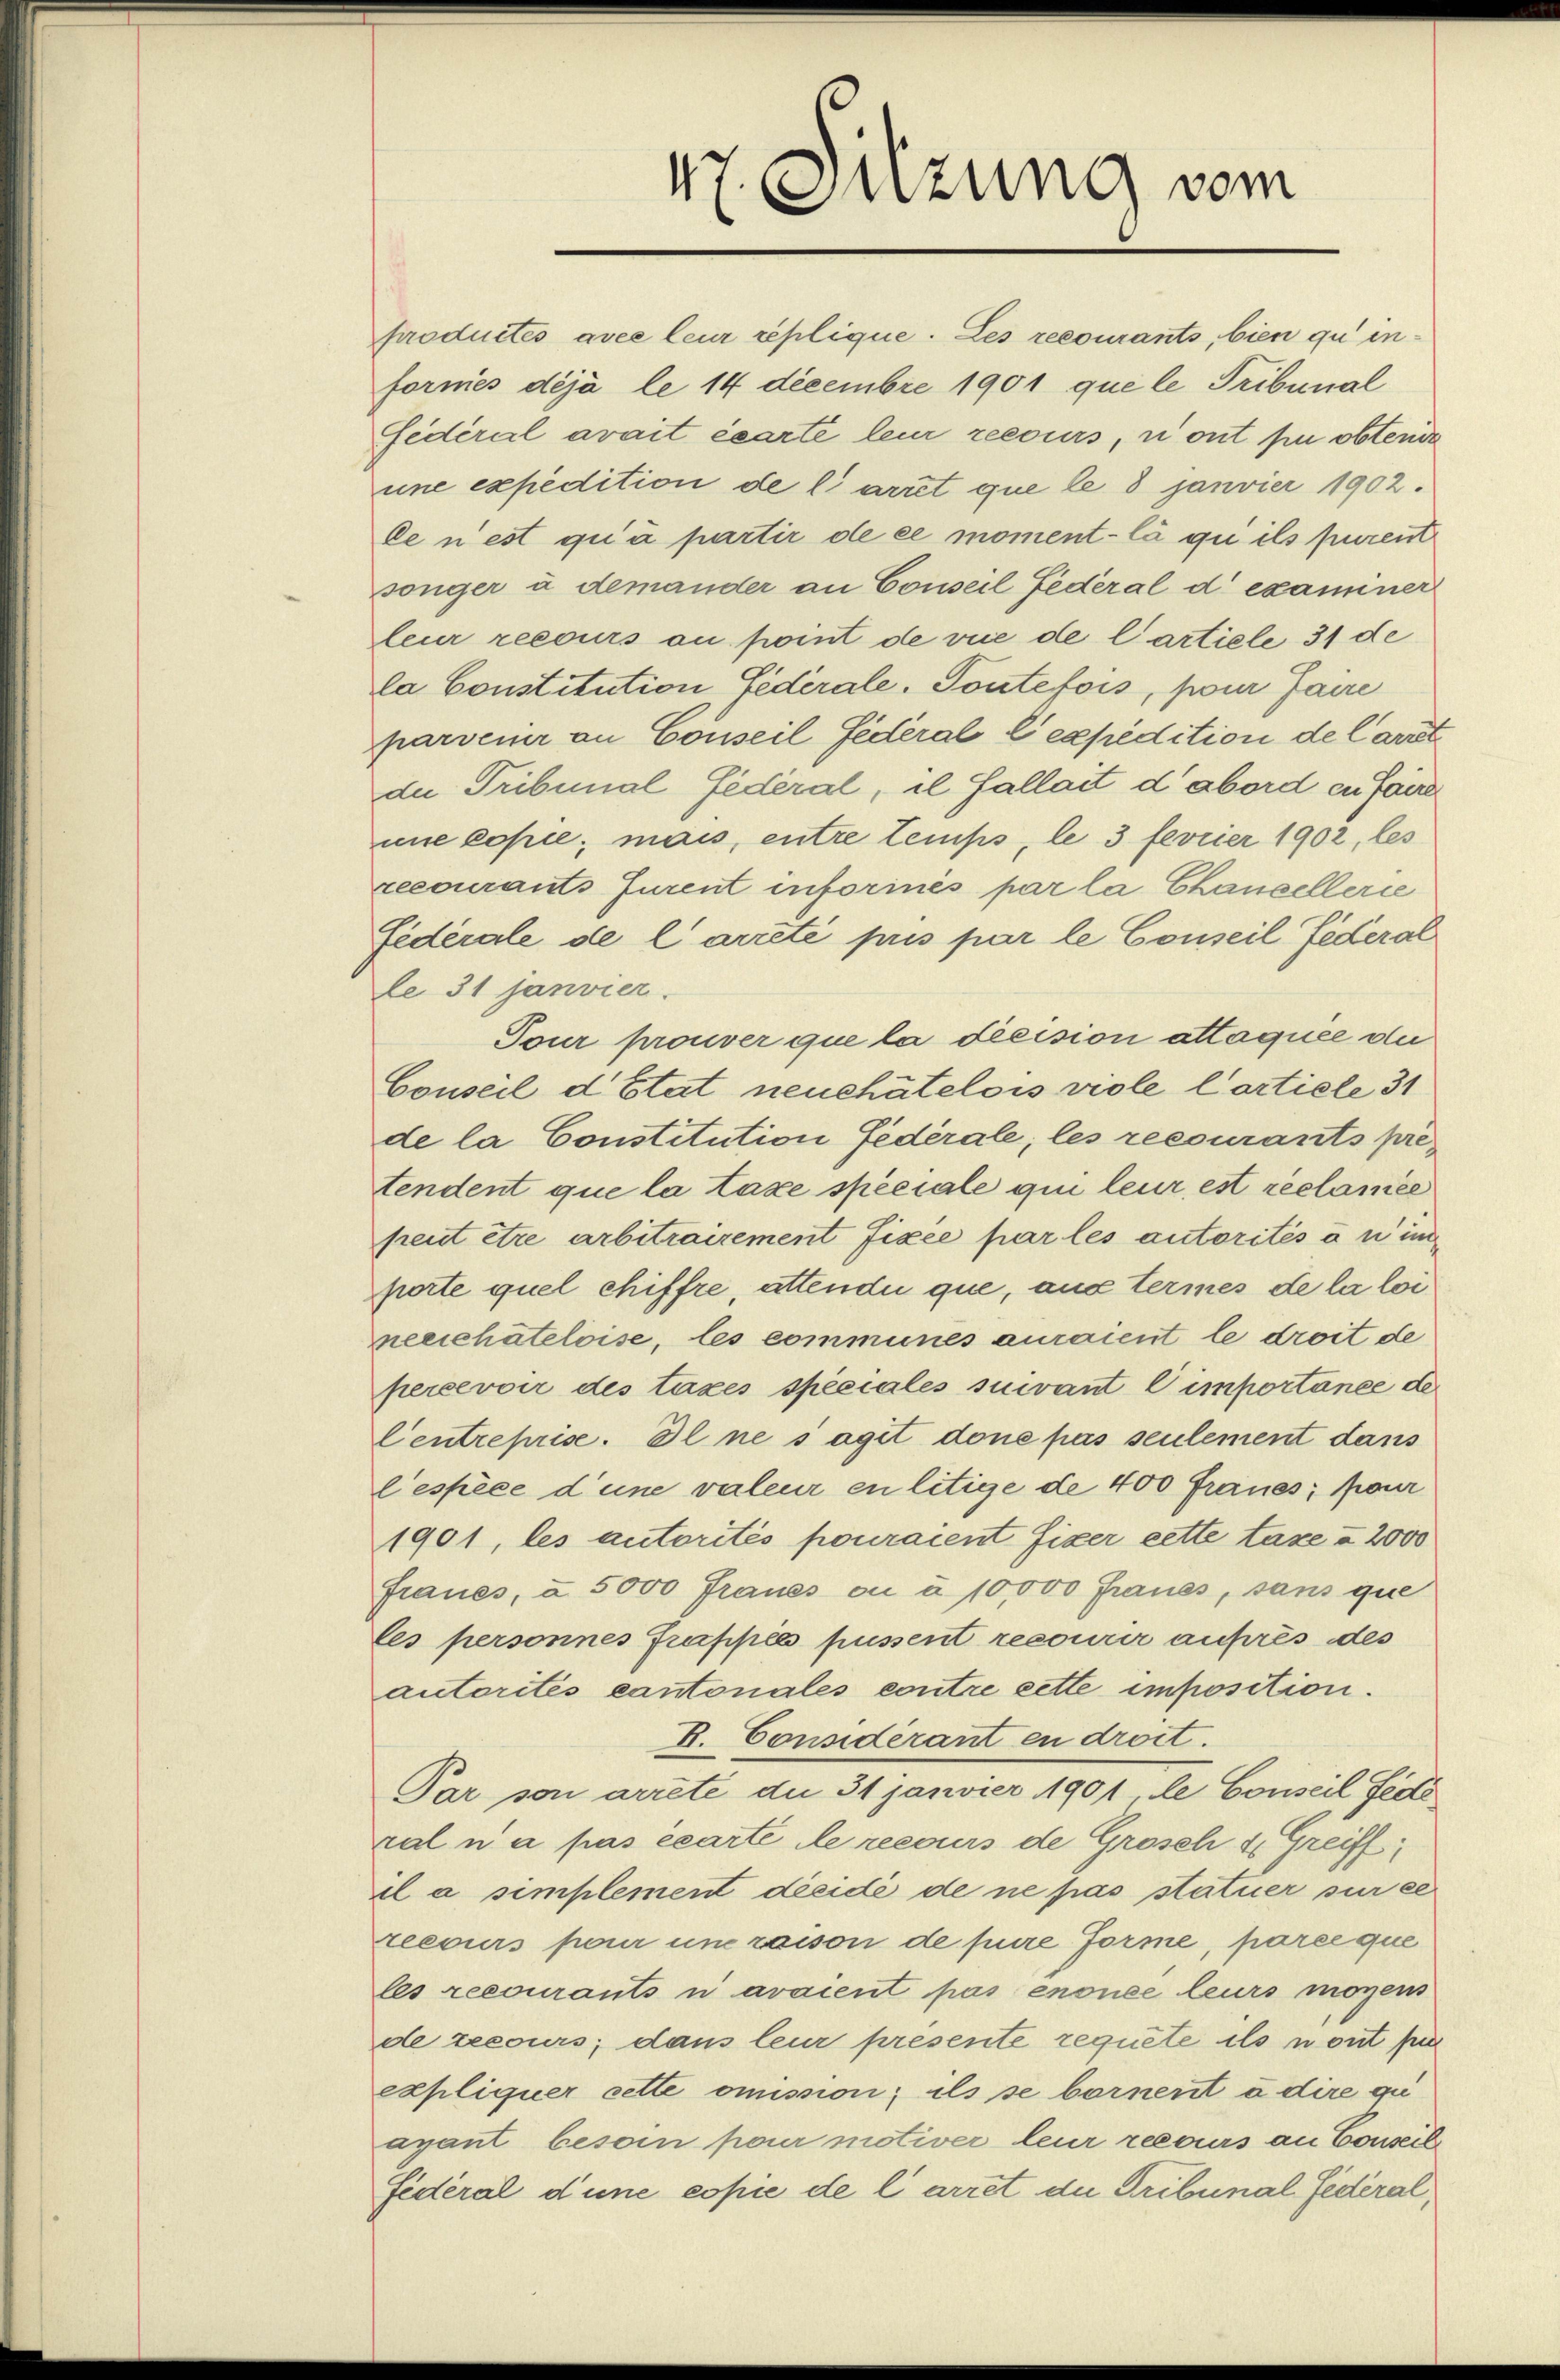
47. Sitzung vom

produités avec leur replique. Les recourants, bien qu’ in-
formes déjà le 14 decembre 1901 que le Tribunal
Fidéral arait écarte leur recours, ont pu obtende
une expedition de l’arret que le 8 janvier 1902.
De n’est qu’à partir de ce moment la qu ils purent
sönger à demander an Conseil Federal d examiner
leur recours au point de vue de Carticle 31 de
la Constitution Federale. Toutefois, pour faire
parvener an Conseil Federal l expedition de Carrt
du Tribunal fédéral, il Sallait d’abord en faire
une copie; mais, entre temps, le 3 fevrier 1902, les
recourants Jurent informés par la Chancellerie
Federale de l arreté pris par le Conseil Federal
le 31 janvier.
Tour prouver que la decision attaquee die
Conseil d’Etat neuchâtelois viole Carticle 31
de la Constitution Federale, les recourants pré
tendent que la taxe spéciale qui leur est reclamee
peut être arbitrairement fixée par les autorités à n im
porte quel chiffre, attendii que, aus termes de la loi
neeichateloise, les communes auraient le droit de
percevoir des taxes spéciales suivant C importance de
Centreprise. Il ne s’agit done pas seulement dans
lespèce d’une valeur en litige de 400 Fraues, pour
1901, les autorités pouraient fixer cette taxe u 2000
Fraues, à 5000 Fraues ou à 10,000 Fraues, sans que
les personnes frappées püssent recourir aufres des
autorités cantonales contre cette imposition.
R. Considérant en droit.
Par son arreté du 31 Janvier 1901 le Conseil Fede
ral n’a pas écarte le recours de Grosch 4. Greiff
il a simplement dieidé de ne pas statuer sur ei
recours pour une raison de pure Forme, parée que
les recourants n avaient pas enonce leurs mögens
de recours; dans leur presente requete ils nont par
expliquer cette omission; ils se bornent à dire qu
ayant besoin pour motiver leur recours an Conseil
Fidéral d’une copie de larret die Tribunal Federal¬